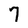
Character: 7